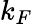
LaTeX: k_{F}